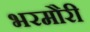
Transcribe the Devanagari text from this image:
भरमौरी